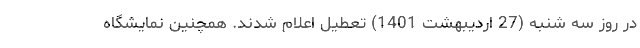
در روز سه شنبه (27 اردیبهشت 1401) تعطیل اعلام شدند. همچنین نمایشگاه